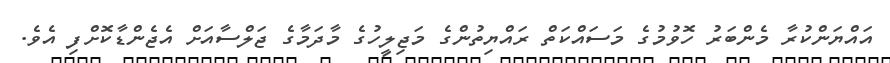
އައްޔަންކުރާ މެންބަރު ހޮވުމުގެ މަސައްކަތް ރައްޔިތުންގެ މަޖިލީހުގެ މާދަމާގެ ޖަލްސާއަށް އެޖެންޑާކޮށްފި އެވެ.